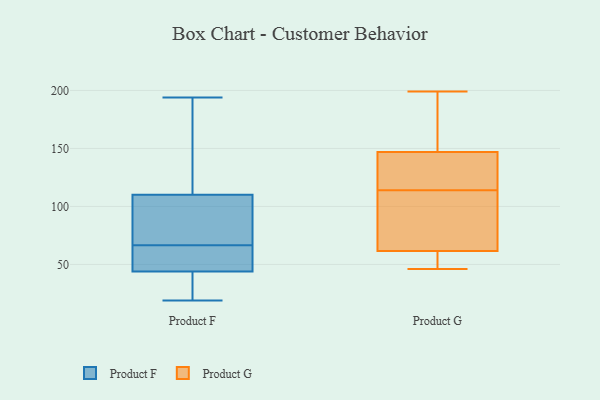
{"axis": {"x": "Operating Costs (USD K)", "y": "Value"}, "legend": ["Product F", "Product G"], "data": [{"x": "", "y": 157, "type": "Product F"}, {"x": "", "y": 27, "type": "Product F"}, {"x": "", "y": 91, "type": "Product F"}, {"x": "", "y": 75, "type": "Product F"}, {"x": "", "y": 44, "type": "Product F"}, {"x": "", "y": 19, "type": "Product F"}, {"x": "", "y": 61, "type": "Product F"}, {"x": "", "y": 186, "type": "Product F"}, {"x": "", "y": 72, "type": "Product F"}, {"x": "", "y": 49, "type": "Product F"}, {"x": "", "y": 159, "type": "Product F"}, {"x": "", "y": 53, "type": "Product F"}, {"x": "", "y": 61, "type": "Product F"}, {"x": "", "y": 110, "type": "Product F"}, {"x": "", "y": 37, "type": "Product F"}, {"x": "", "y": 40, "type": "Product F"}, {"x": "", "y": 91, "type": "Product F"}, {"x": "", "y": 194, "type": "Product F"}, {"x": "", "y": 68, "type": "Product G"}, {"x": "", "y": 157, "type": "Product G"}, {"x": "", "y": 152, "type": "Product G"}, {"x": "", "y": 46, "type": "Product G"}, {"x": "", "y": 55, "type": "Product G"}, {"x": "", "y": 113, "type": "Product G"}, {"x": "", "y": 110, "type": "Product G"}, {"x": "", "y": 125, "type": "Product G"}, {"x": "", "y": 199, "type": "Product G"}, {"x": "", "y": 115, "type": "Product G"}, {"x": "", "y": 54, "type": "Product G"}, {"x": "", "y": 142, "type": "Product G"}]}